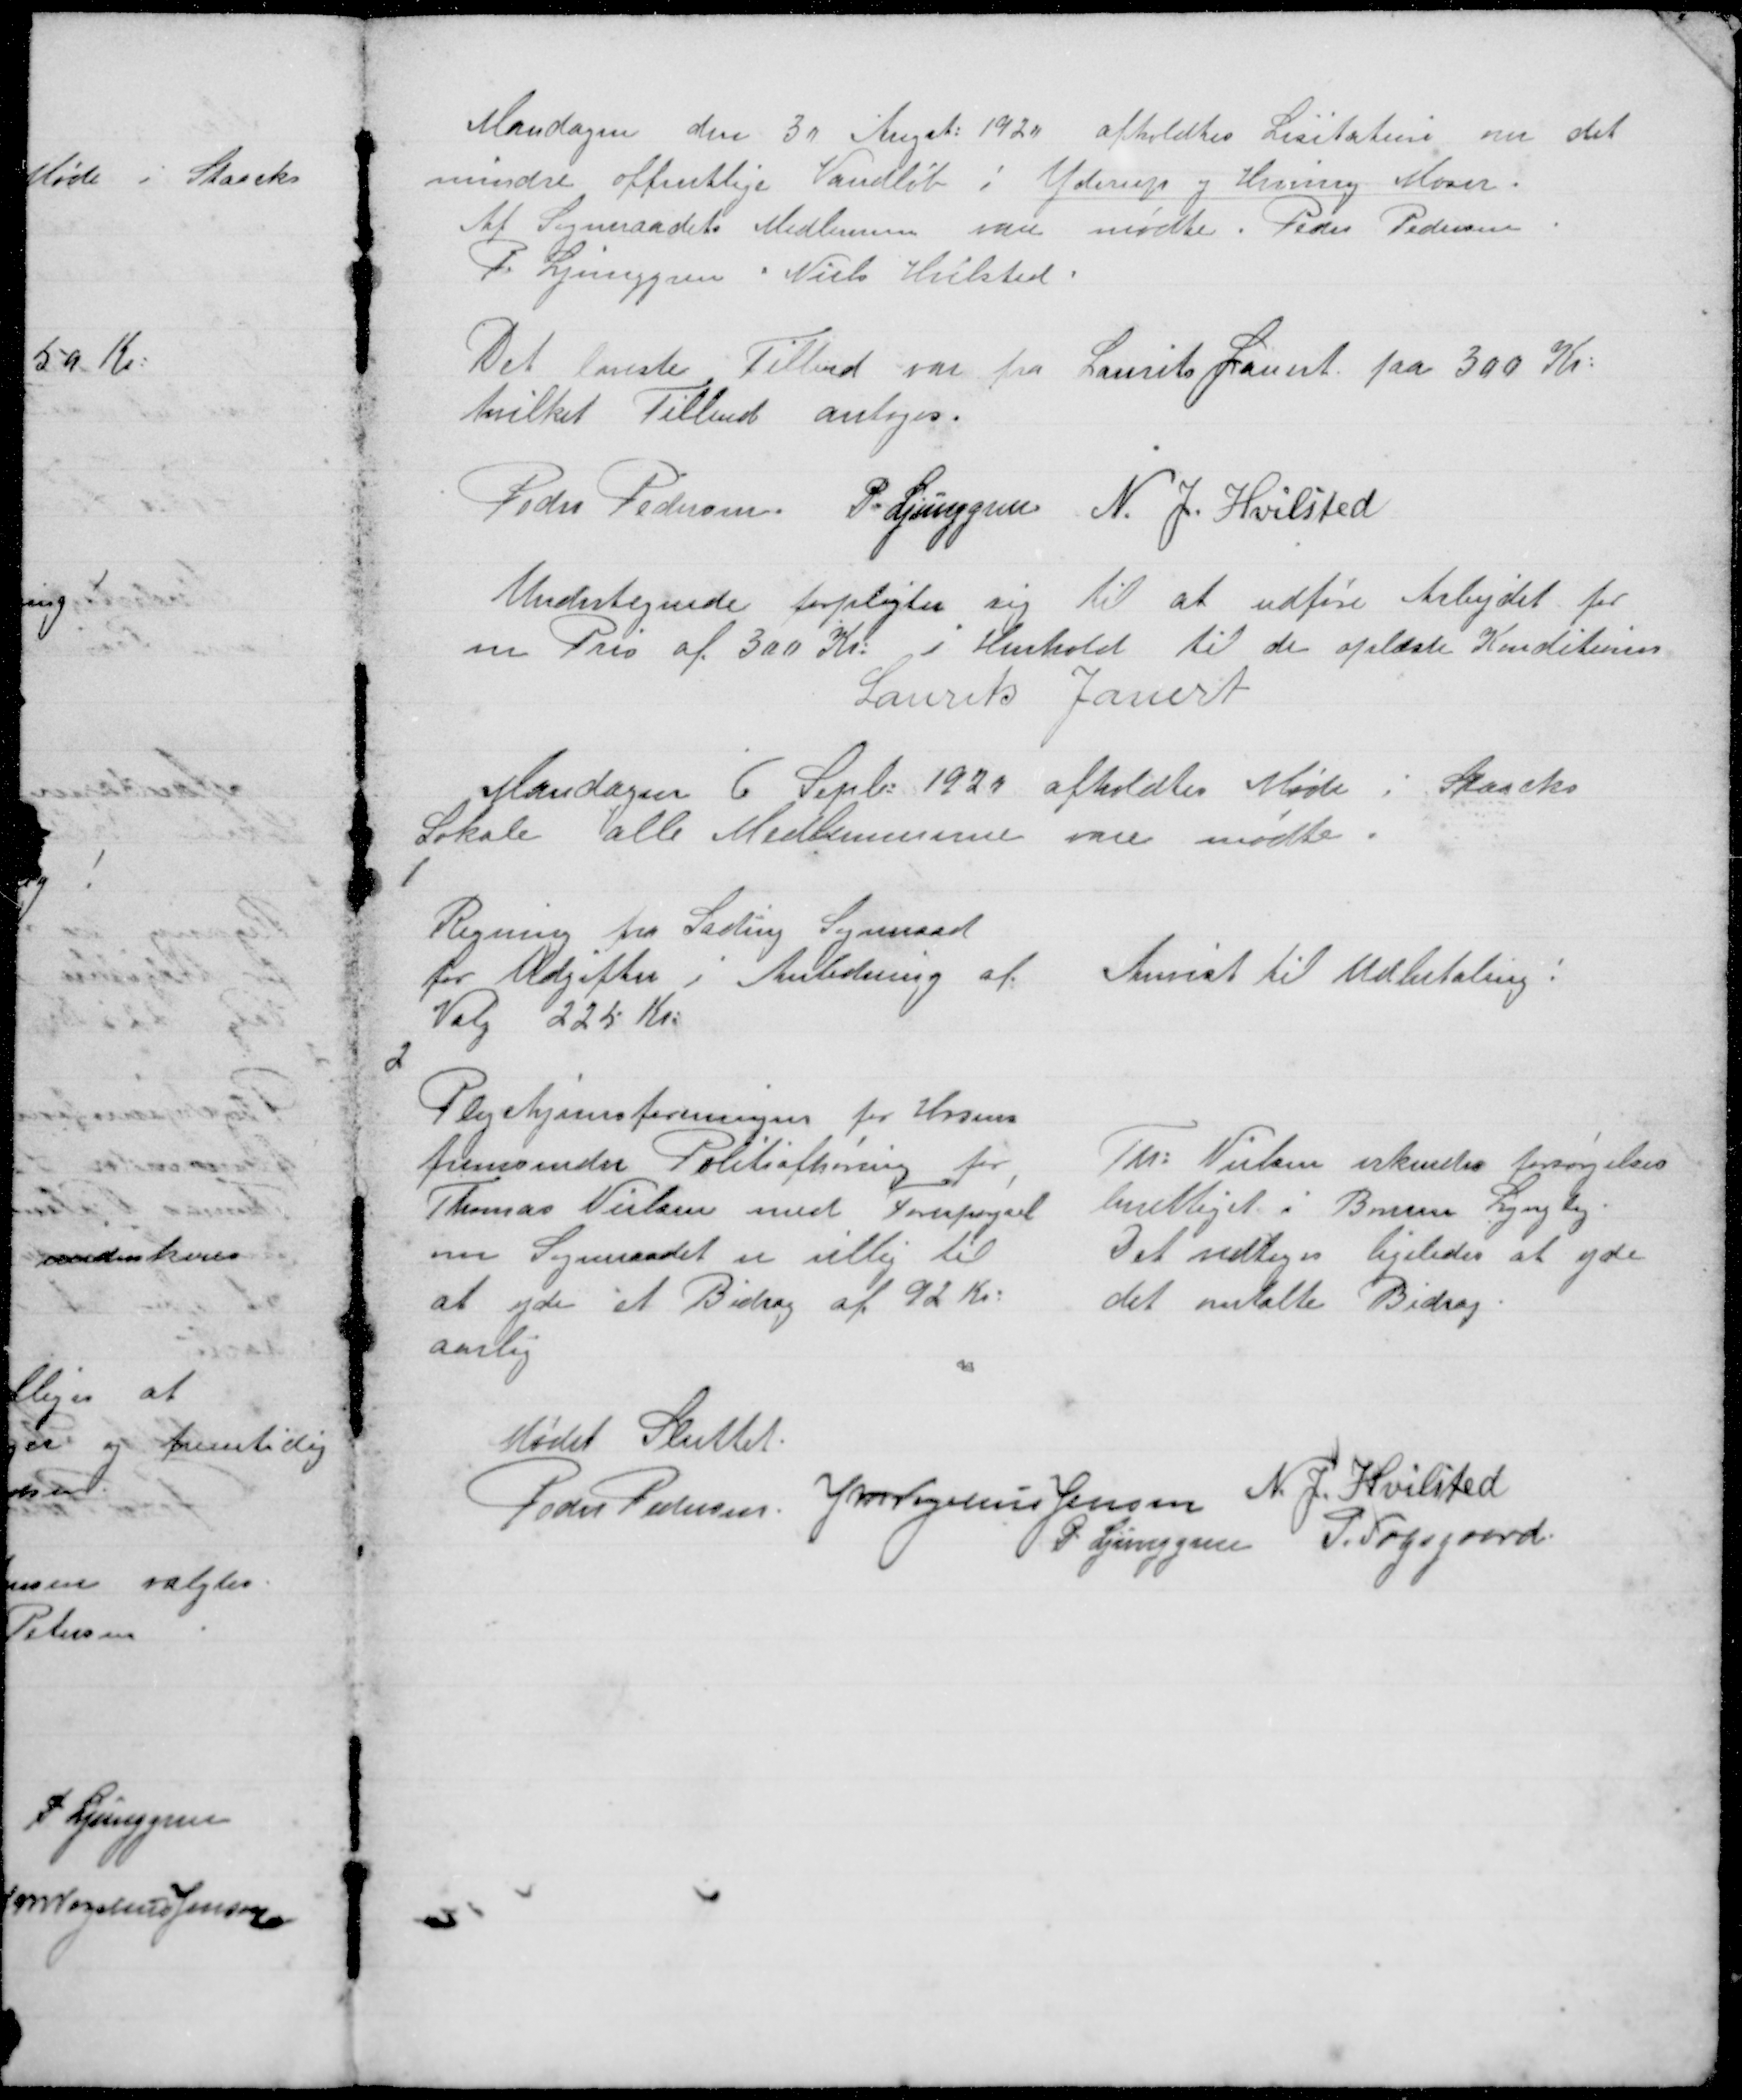
Transskription:
Mandagen den 30 Augst: 1920 afholdtes Lisitation over det
mindre offentlige Vandløb i Yderup og Hvinning Moser.
Af Sogneraadets Medlemmer vare mødte. Peder Pedersen
P. Ljunggren Niels Hvilsted.

Det laveste Tilbud var fra Laurits Jauert paa 300 Kr:
hvilket Tilbud antoges.

Peder Pedersen P. Ljunggren N. J. Hvilsted

Undertegnede forpligter sig til at udføre Arbejdet for
en Pris af 300 Kr: i Henhold til de oplæste Konditioner
Laurits Jauert

Mandagen 6. Sept: 1920 afholdtes Møde i Staacks
Lokale alle Medlemmerne vare mødte.

1

Regning fra Lading Sogneraad
for Udgifter i Anledning af
Valg 225 Kr:

Anvist til Udbetaling !

2

Plejehjemsforeningen for Horsens
fremsender Politiafhøring for
Thomas Nielsen med Forespørgsel
om Sogneraadet er villig til
at yde et Bidrag af 92 Kr:
aarlig.

Th: Nielsen erkendes forsørgelses
berettiget i Borum Lyngby.
Det vedtoges ligeledes at yde
det omtalte Bidrag.

Mødet Sluttet
Peder Pedersen J M Vogelius Jensen N. J. Hvilsted
P. Ljunggren P. Fogsgaard